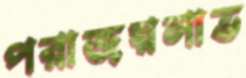
পরাজয়লাভ